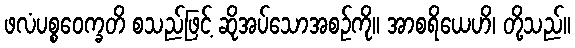
ဖလံပစ္စဝေက္ခတိ စသည်ဖြင့် ဆိုအပ်သောအစဉ်ကို။ အာစရိယေဟိ၊ တို့သည်။